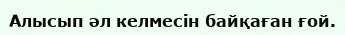
Алысып әл келмесін байқаған ғой.